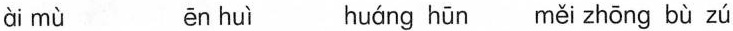
ài mù ēn huì huáng hūn měi zhōng bù zú